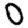
Digit: 0